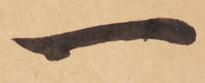
一